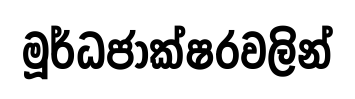
මූර්ධජාක්ෂරවලින්